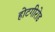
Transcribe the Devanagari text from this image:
होटगीरोड